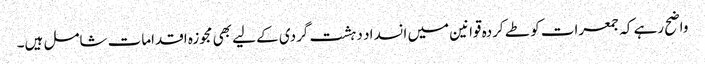
واضح رہے کہ جمعرات کو طے کردہ قوانین میں انسداد دہشت گردی کے لیے بھی مجوزہ اقدامات شامل ہیں۔